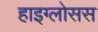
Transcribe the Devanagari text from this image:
हाइग्लोसस